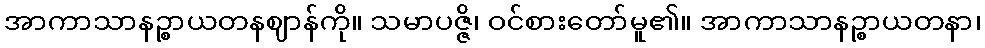
အာကာသာနဉ္စာယတနဈာန်ကို။ သမာပဇ္ဇိ၊ ဝင်စားတော်မူ၏။ အာကာသာနဉ္စာယတနာ၊